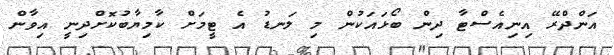
އަންދްރޭ އިނިއެސްޓާ ދިން ބޯޅައަކުން މި ލަނޑު އެ ޓީމަށް ކާމިޔާބުކޮށްދިނީ އިވާން